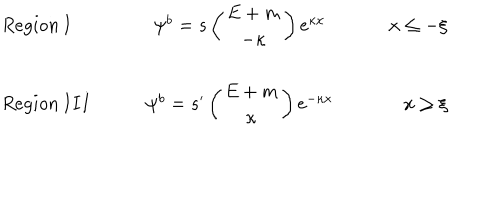
\begin{array} { l c r } { { R e g i o n \, I \qquad } } & { { \psi ^ { b } = s \left( \begin{array} { c } { { E + m } } \\ { { - \kappa } } \\ \end{array} \right) e ^ { \kappa x } } } & { { \qquad x \leq - \xi } } \\ { { R e g i o n \, I I I \qquad } } & { { \psi ^ { b } = s ^ { \prime } \left( \begin{array} { c } { { E + m } } \\ { { \kappa } } \\ \end{array} \right) e ^ { - \kappa x } } } & { { \qquad x \geq \xi } } \\ \end{array}